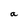
Character: a